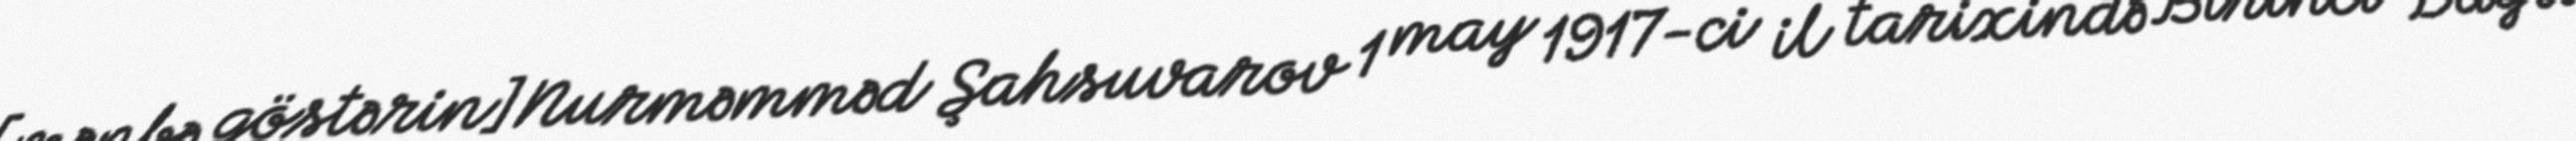
[mənbə göstərin]Nurməmməd Şahsuvarov 1 may 1917-ci il tarixində Birinci Dağlı